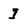
Character: I